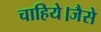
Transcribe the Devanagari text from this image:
चाहिये।जैसे